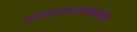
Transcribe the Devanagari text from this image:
कोल्हटकरसारख्यांनीही